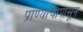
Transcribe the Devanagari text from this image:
प्राण्यांचापासून